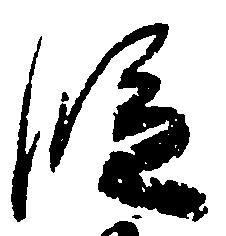
段